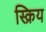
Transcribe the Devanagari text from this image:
स्क्रिय